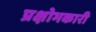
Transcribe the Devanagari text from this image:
प्रक्षोभकारी